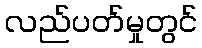
လည်ပတ်မှုတွင်